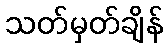
သတ်မှတ်ချိန်